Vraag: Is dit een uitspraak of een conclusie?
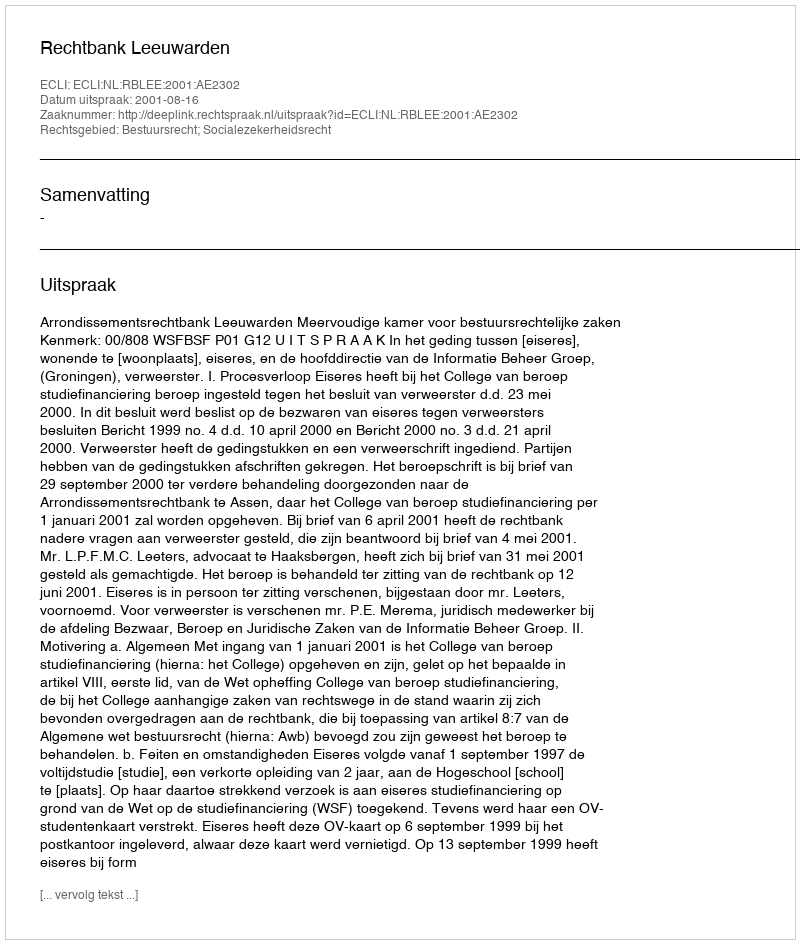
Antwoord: Uitspraak